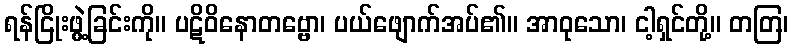
ရန်ငြိုးဖွဲ့ခြင်းကို။ ပဋိဝိနောတဗ္ဗော၊ ပယ်ဖျောက်အပ်၏။ အာဝုသော၊ ငါ့ရှင်တို့။ တတြ၊